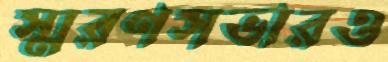
স্মরণসভারও